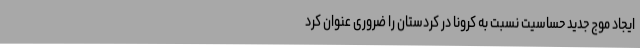
ایجاد موج جدید حساسیت نسبت به کرونا در کردستان را ضروری عنوان کرد